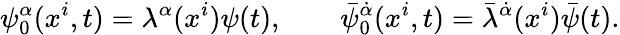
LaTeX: \psi_{0}^{\alpha}(x^{i},t)=\lambda^{\alpha}(x^{i})\psi(t),\qquad\bar{\psi}_{0}^{\dot{\alpha}}(x^{i},t)=\bar{\lambda}^{\dot{\alpha}}(x^{i})\bar{\psi}(t).